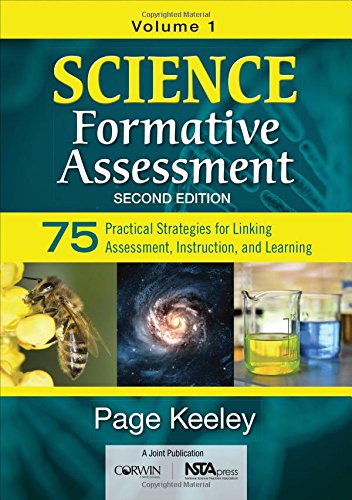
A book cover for Science Formative Assessment, Volume 1: 75 Practical Strategies for Linking Assessment, Instruction, and Learning; Page D. Keeley; Science & Math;